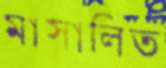
মাসালিত